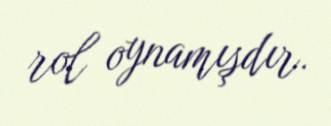
rol oynamışdır.